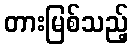
တားမြစ်သည့်